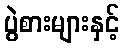
ပွဲစားများနှင့်